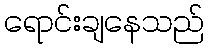
ရောင်းချနေသည်